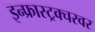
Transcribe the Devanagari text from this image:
इन्फ्रास्ट्रक्चरवर